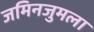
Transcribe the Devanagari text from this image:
जमिनजुमला